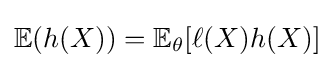
\mathbb {E} (h(X))=\mathbb {E} _{\theta }[\ell (X)h(X)]